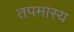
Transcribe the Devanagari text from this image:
तपमास्य